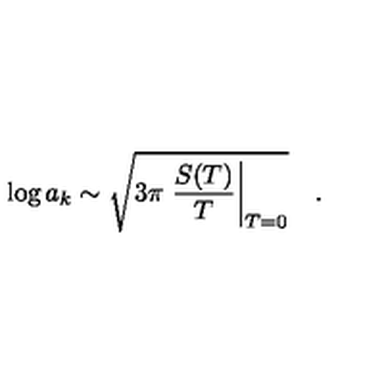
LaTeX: \log a _ { k } \sim \sqrt { 3 \pi \left. \frac { S ( T ) } { T } \right| _ { T = 0 } } \quad .